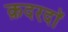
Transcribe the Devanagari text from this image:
क़दरदाॅ